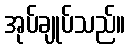
အုပ်ချုပ်သည်။